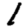
Digit: 1